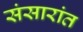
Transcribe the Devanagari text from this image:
संसारांत